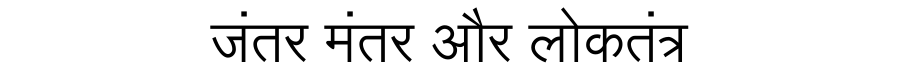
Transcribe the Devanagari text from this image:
जंतर मंतर और लोकतंत्र